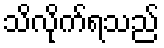
သိလိုက်ရသည်